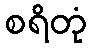
စရိတုံ